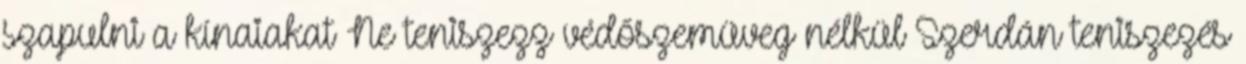
szapulni a kínaiakat Ne teniszezz védőszemüveg nélkül Szerdán teniszezés